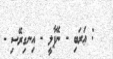
: ޢަރަބި - ނޭޕާލީ - އިނގިރޭސި -